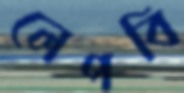
লেপবি